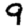
Digit: 9